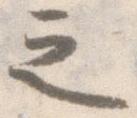
之